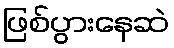
ဖြစ်ပွားနေဆဲ